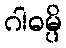
ဂါဓမ္ပိ